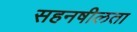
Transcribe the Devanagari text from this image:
सहनषीलता